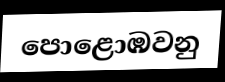
පොළොඹවනු